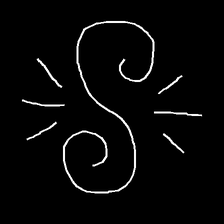
Glyph: wind-directs-air